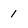
Character: 1